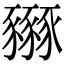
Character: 𧲏